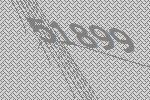
51899